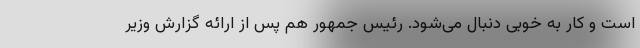
است و کار به خوبی دنبال می‌شود. رئیس جمهور هم پس از ارائه گزارش وزیر